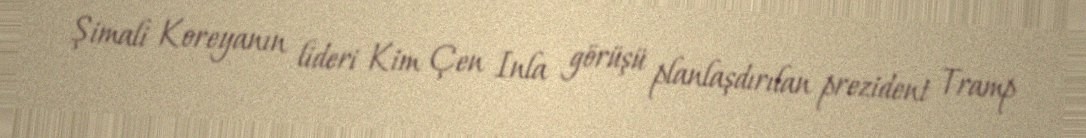
Şimali Koreyanın lideri Kim Çen Inla görüşü planlaşdırılan prezident Tramp